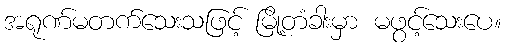
အရုဏ်မတက်သေးသဖြင့် မြို့တံခါးမှာ မဖွင့်သေးပေ။